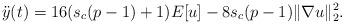
LaTeX: \begin{align*}\ddot{y} (t) = 16(s_c(p-1)+1)E[u]- 8s_c(p-1) \| \nabla u \|_2^2.\end{align*}